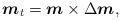
LaTeX: \begin{align*}\mbox{\mathversion{bold}$m$}_{t}=\mbox{\mathversion{bold}$m$}\times \Delta \mbox{\mathversion{bold}$m$},\end{align*}